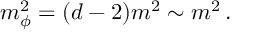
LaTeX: m _ { \phi } ^ { 2 } = ( d - 2 ) m ^ { 2 } \sim m ^ { 2 } \, .